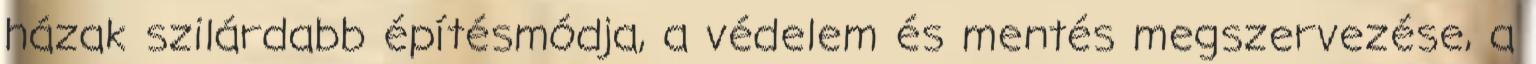
házak szilárdabb építésmódja, a védelem és mentés megszervezése, a